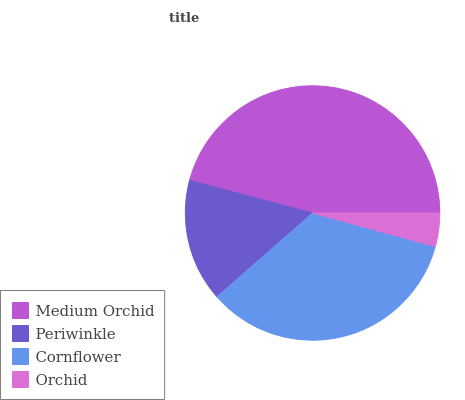
| Medium Orchid | Periwinkle | Cornflower | Orchid |
 | --- | --- | --- | --- |
 | 45.8% | 15.6% | 34.4% | 4.23% |